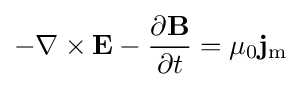
-\nabla \times \mathbf {E} -{\frac {\partial \mathbf {B} }{\partial t}}=\mu _{0}\mathbf {j} _{\mathrm {m} }